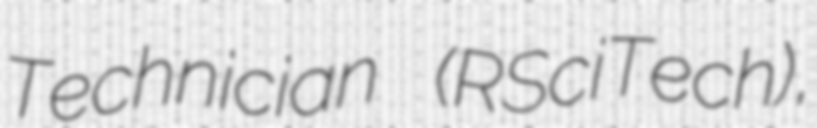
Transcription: Technician (RSciTech),